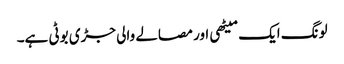
لونگ ایک میٹھی اور مصالے والی جڑی بوٹی ہے۔